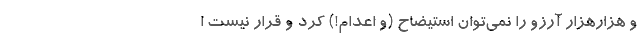
و هزار‌هزار آرزو را نمی‌توان استیضاح (و اعدام!) کرد و قرار نیست ا